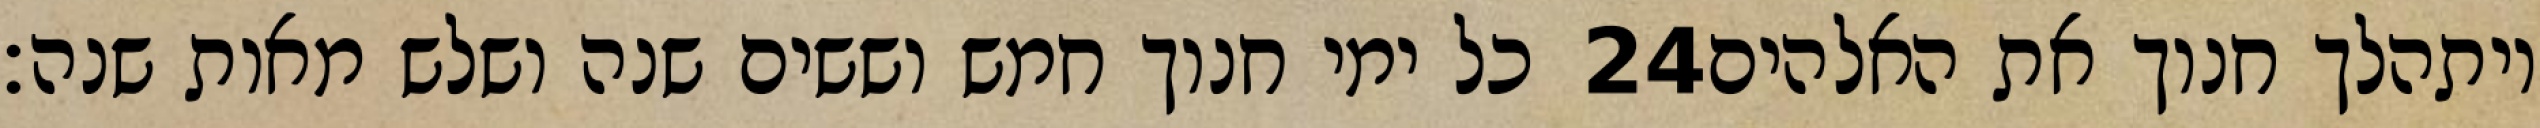
כל ימי חנוך חמש וששים שנה ושלש מאות שנה׃ ‎24‏ ויתהלך חנוך את האלהים